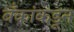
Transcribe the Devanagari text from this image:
बँकांकडून